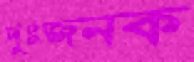
দুঃজনক